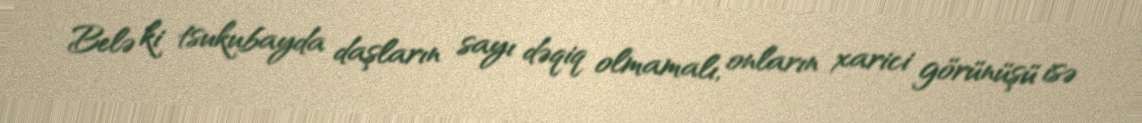
Belə ki tsukubayda daşların sayı dəqiq olmamalı, onların xarici görünüşü isə